Plague in India, 1896, 1897 - Volume 3
Year: 1896
Disease focus: Plague
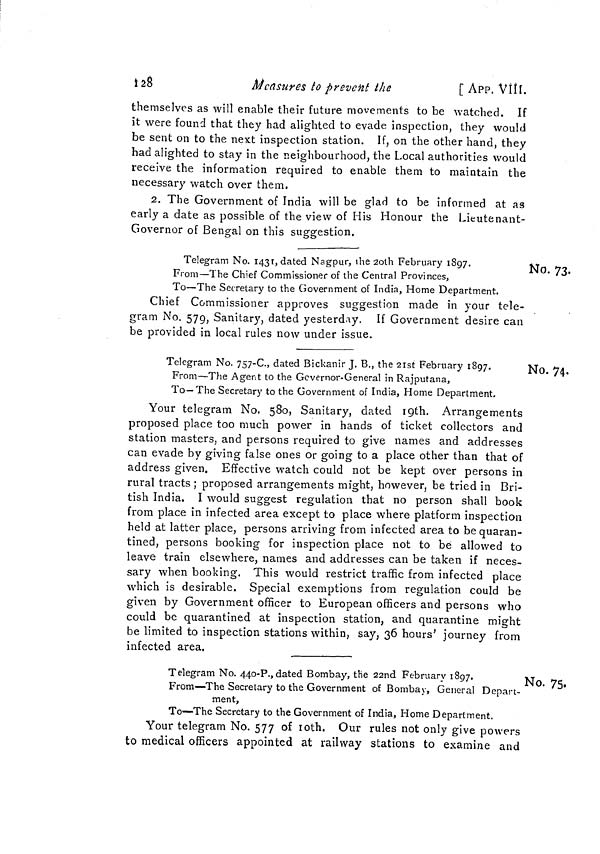
*2$
Measures lo prevent the
[ APP. Vîll.
themselves as will enable their future movements to be watched. If
it were found that they had alighted to evade inspection, they would
be sent on to the next inspection station. If, on the other hand, they
had alighted to stay in the neighbourhood, the Local authorities would
receive the information required to enable them to maintain the
necessary watch over them.
2. The Government of India will be glad to be informed at as
early a date as possible of the view of His Honour the Lieutenant-
Governor of Bengal on this suggestion.
No. 73.
Telegram No. 1431, dated Nagpur, ihe 2oth February 1897.
From—The Chief Commissioner of the Central Provinces,
To—The Secretary to the Government of India, Home Department.
Chief Commissioner approves suggestion made in your tele-
gram No. 579, Sanitary, dated yesterday. If Government desire can
be provided in local rules now under issue.
No. 74.
Telegram No. 757-C., dated Bickanir J. B., the 2ist February 1897.
From—The Agent to the Governor-General in Rajputana,
To —The Secretary to the Government of India, Home Department.
Your telegram No. 580, Sanitary, dated igth. Arrangements
proposed place too much power in hands of ticket collectors and
station masters, and persons required to give names and addresses
can evade by giving false ones or going to a place other than that of
address given. Effective watch could not be kept over persons in
rural tracts ; proposed arrangements might, however, be tried in Bri-
tish India. I would suggest regulation that no person shall book
from place in infected area except to place where platform inspection
held at latter place, persons arriving from infected area to be quaran-
tined, persons booking for inspection place not to be allowed to
leave train elsewhere, names and addresses can be taken if neces-
sary when booking. This would restrict traffic from infected place
which is desirable. Special exemptions from regulation could be
given by Government officer to European officers and persons who
could be quarantined at inspection station, and quarantine might
be limited to inspection stations within, say, 36 hours' journey from
infected area.
No. 75«
Telegram No. 440-?., dated Bombay, the 22nd February 1897.
From—The Secretary to the Government of Bombay, General Depart-
ment,
To—The Secretary to the Government of India, Home Department.
Your telegram No. 577 of loth. Our rules not only give powers
to medical officers appointed at railway stations to examine and